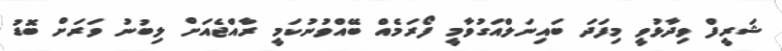
ޝަރީފް ވިދާޅުވީ މިފަދަ ބައިނަލްއަގުވާމީ ފޯރަމެއް ބޭއްވުނުކަމީ ރާއްޖެއަށް ލިބުނު ވަރަށް ބޮޑު